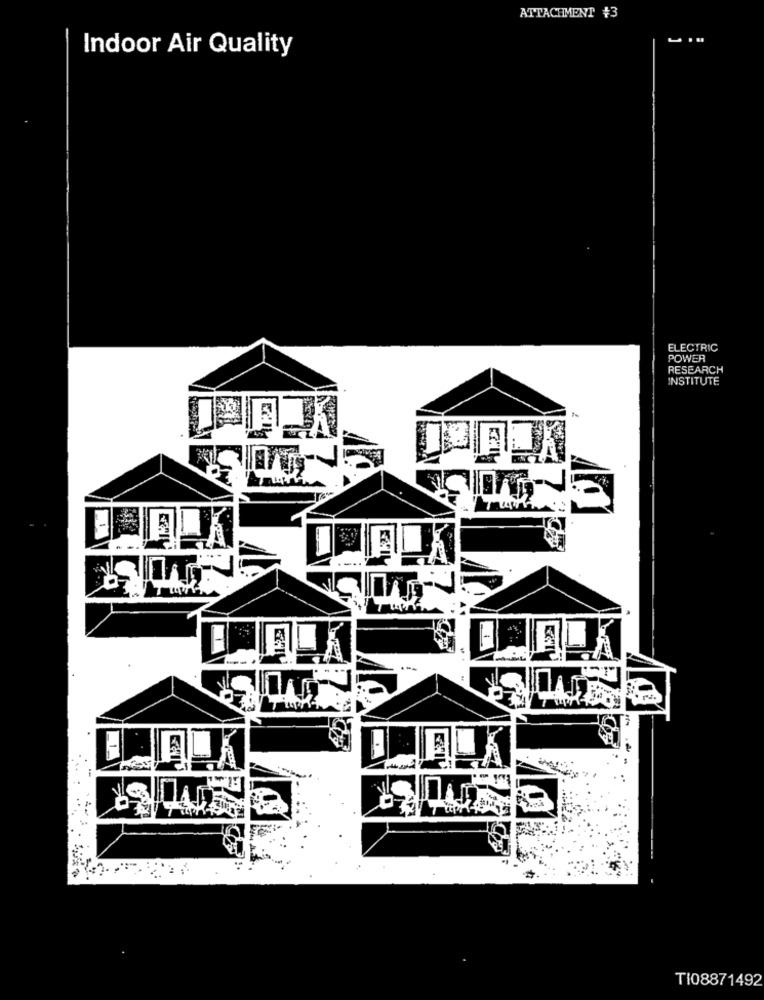
ATTACHMENT #3
Indoor Air Quality
ELECTRIC
POWER
RESEARCH
INSTITUTE
%
TI08871492